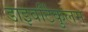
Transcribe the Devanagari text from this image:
डाइवर्टिकुलम